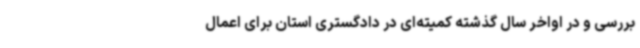
بررسی و در اواخر سال گذشته کمیته‌ای در دادگستری استان برای اعمال